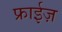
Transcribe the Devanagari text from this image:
फ्राईज़